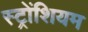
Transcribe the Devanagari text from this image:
स्ट्रोंशियम